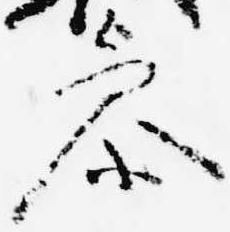
参